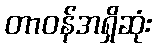
တာဝန်အရှိဆုံး